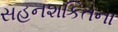
સહનશકિતના